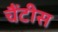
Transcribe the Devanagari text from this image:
चैंटीस